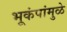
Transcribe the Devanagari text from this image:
भूकंपांमुळे